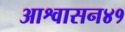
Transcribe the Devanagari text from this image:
आश्वासन४१